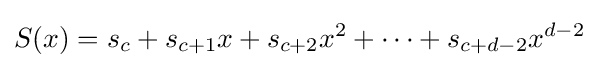
S(x)=s_{c}+s_{c+1}x+s_{c+2}x^{2}+\cdots +s_{c+d-2}x^{d-2}